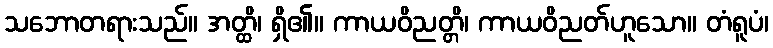
သဘောတရားသည်။ အတ္ထိ၊ ရှိ၏။ ကာယဝိညတ္တိ၊ ကာယဝိညတ်ဟူသော။ တံရူပံ၊